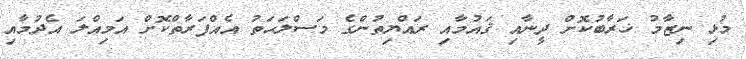
މުޅި ނިޒާމު ޚަރާބުކޮށް ދީނާއި ޤައުމާއި ރައްޔިތުންގެ މަސްލަޙަތު އެއްފަރާތްކޮށް އަމިއްލަ އެދުމާއި